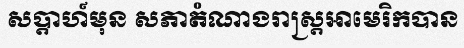
សប្តាហ៍មុន សភាតំណាងរាស្ត្រអាមេរិកបាន